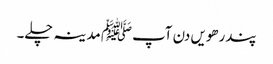
پندرھویں دن آپﷺ مدینہ چلے۔